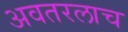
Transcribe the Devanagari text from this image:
अवतरलाच